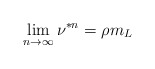
\begin{align*}\lim_{n\to\infty}\nu^{\ast n}=\rho m_L\end{align*}